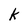
Character: k